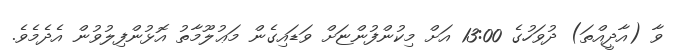
ވާ (އާދީއްތަ) ދުވަހުގެ 13:00 އަށް މިކުންފުންޏަށް ވަޑައިގެން މަޢުލޫމާތު އޮޅުންފިލުވުން އެދެމެވެ.